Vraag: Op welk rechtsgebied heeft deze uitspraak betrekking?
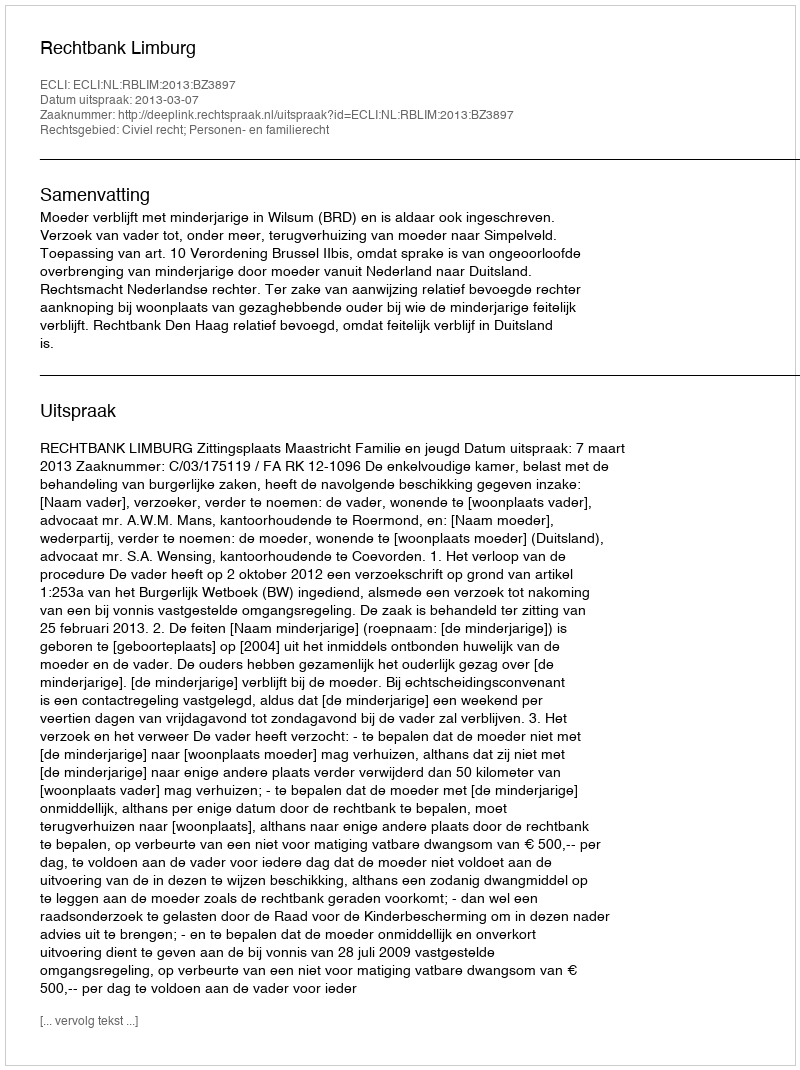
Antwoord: Civiel recht; Personen- en familierecht